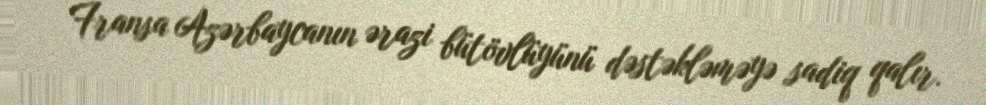
Fransa Azərbaycanın ərazi bütövlüyünü dəstəkləməyə sadiq qalır.